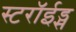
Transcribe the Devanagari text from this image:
स्टरॉईड्स